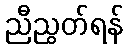
ညီညွတ်ရန်